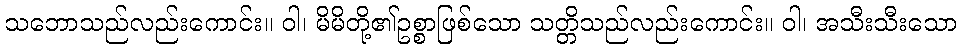
သဘောသည်လည်းကောင်း။ ဝါ၊ မိမိတို့၏ဥစ္စာဖြစ်သော သတ္တိသည်လည်းကောင်း။ ဝါ၊ အသီးသီးသော